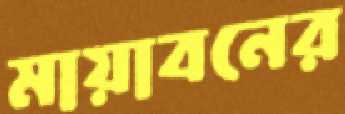
মায়াবনের